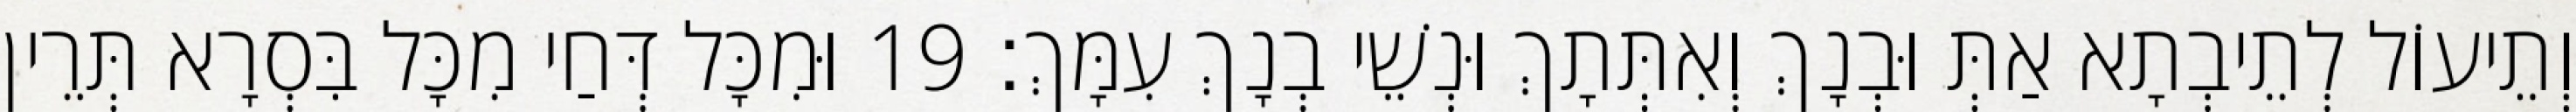
וְתֵיעוֹל לְתֵיבְתָא אַתְּ וּבְנָךְ וְאִתְּתָךְ וּנְשֵׁי בְנָךְ עִמָּךְ׃ 19 וּמִכָּל דְּחַי מִכָּל בִּסְרָא תְּרֵין